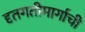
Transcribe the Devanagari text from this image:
दृतगतीमार्गाची